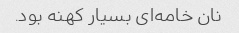
نان خامه‌ای بسیار کهنه بود.